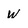
Character: w